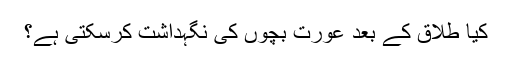
کیا طلاق کے بعد عورت بچوں‌ کی نگہداشت کرسکتی ہے؟